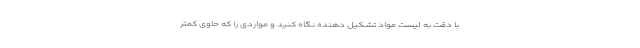
با دقت به لیست مواد تشکیل دهنده نگاه کنید و مواردی را که حاوی کمتر